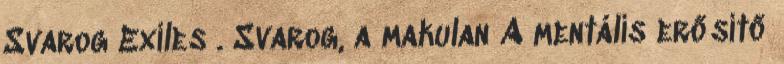
Svarog Exiles . Svarog, a makulan A mentális erősítő